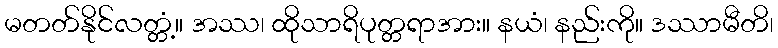
မတတ်နိုင်လတ္တံ့။ အဿ၊ ထိုသာရိပုတ္တရာအား။ နယံ၊ နည်းကို။ ဒဿာမီတိ၊